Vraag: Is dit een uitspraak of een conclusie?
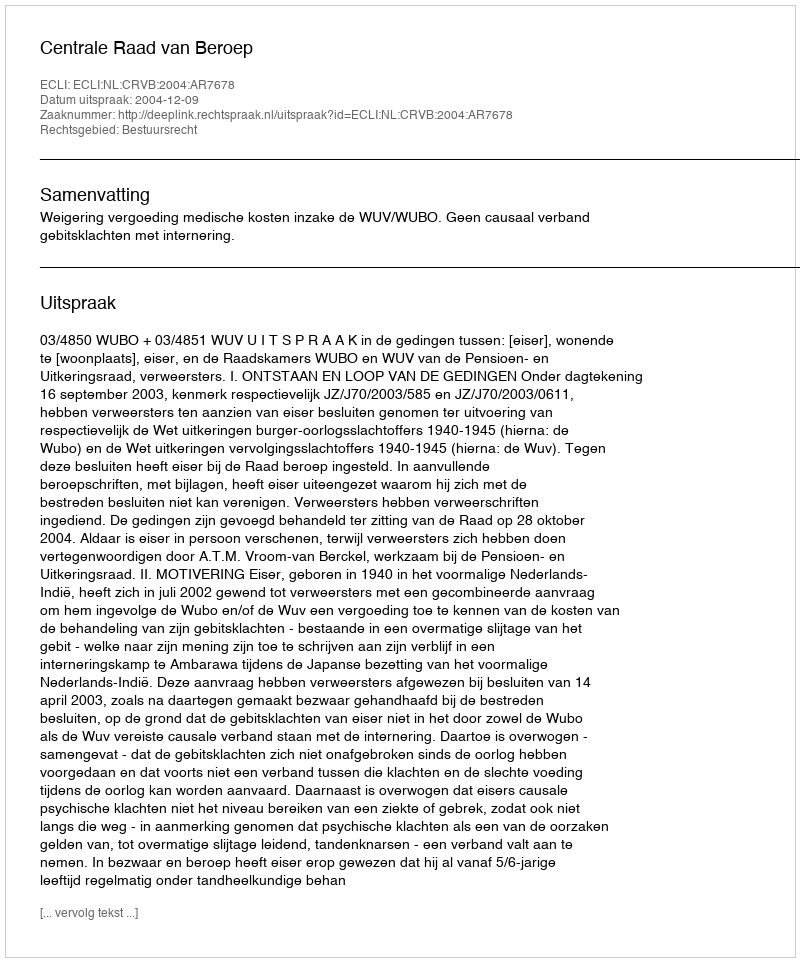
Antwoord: Uitspraak